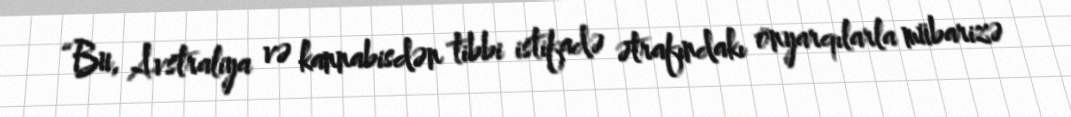
“Bu, Avstraliya və kannabisdən tibbi istifadə ətrafındakı önyarqılarla mübarizə